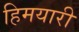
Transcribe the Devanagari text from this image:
हिमयारी